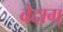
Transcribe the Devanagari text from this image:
वेदाग्